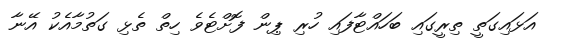
އަޅައިގަތީ ތިރީގައި ބަހައްޓާފައި ހުރި ޕިން ފޮށްޓެވެ ހިތް ތެޅި ގަތުމާއެކު އޭނާ